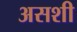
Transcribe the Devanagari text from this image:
असशी